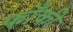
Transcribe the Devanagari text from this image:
फाँकी